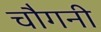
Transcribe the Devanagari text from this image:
चौगनी